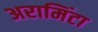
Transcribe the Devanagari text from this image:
अरामिंटा